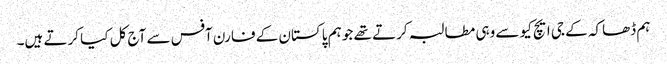
ہم ڈھاکہ کے جی ایچ کیو سے وہی مطالبہ کرتے تھے جو ہم پاکستان کے فارن آفس سے آج کل کیا کرتے ہیں۔